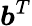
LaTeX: \boldsymbol{b}^{T}